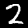
Label: 2